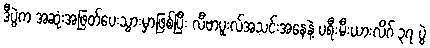
ဒီပွဲက အဆုံးအဖြတ်ပေးသွားမှာဖြစ်ပြီး လီဗာပူးလ်အသင်းအနေနဲ့ ပရီးမီးယားလိဂ် ၃၇ ပွဲ